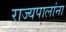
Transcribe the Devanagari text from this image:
राज्यपालांना